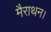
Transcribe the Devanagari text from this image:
मैराथन।